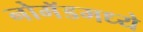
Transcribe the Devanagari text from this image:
नोमॅडमध्ये